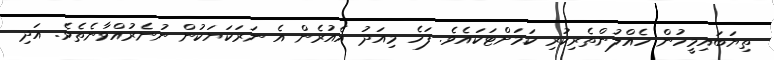
ތިޔަބައިމީހުން ހެއްލުންތެރިކުރި ކަމަށްޓަކައެވެ. ފަހެ މިއަދު އެއުރެން އެ ނަރަކަޔަކުން ނުނެރުއްވާނެތެވެ. އަދި